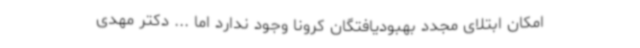
امکان ابتلای مجدد بهبودیافتگان کرونا وجود ندارد اما ... دکتر مهدی